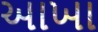
અાખા